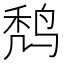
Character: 𪉍